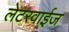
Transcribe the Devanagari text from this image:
लेटरवाईज